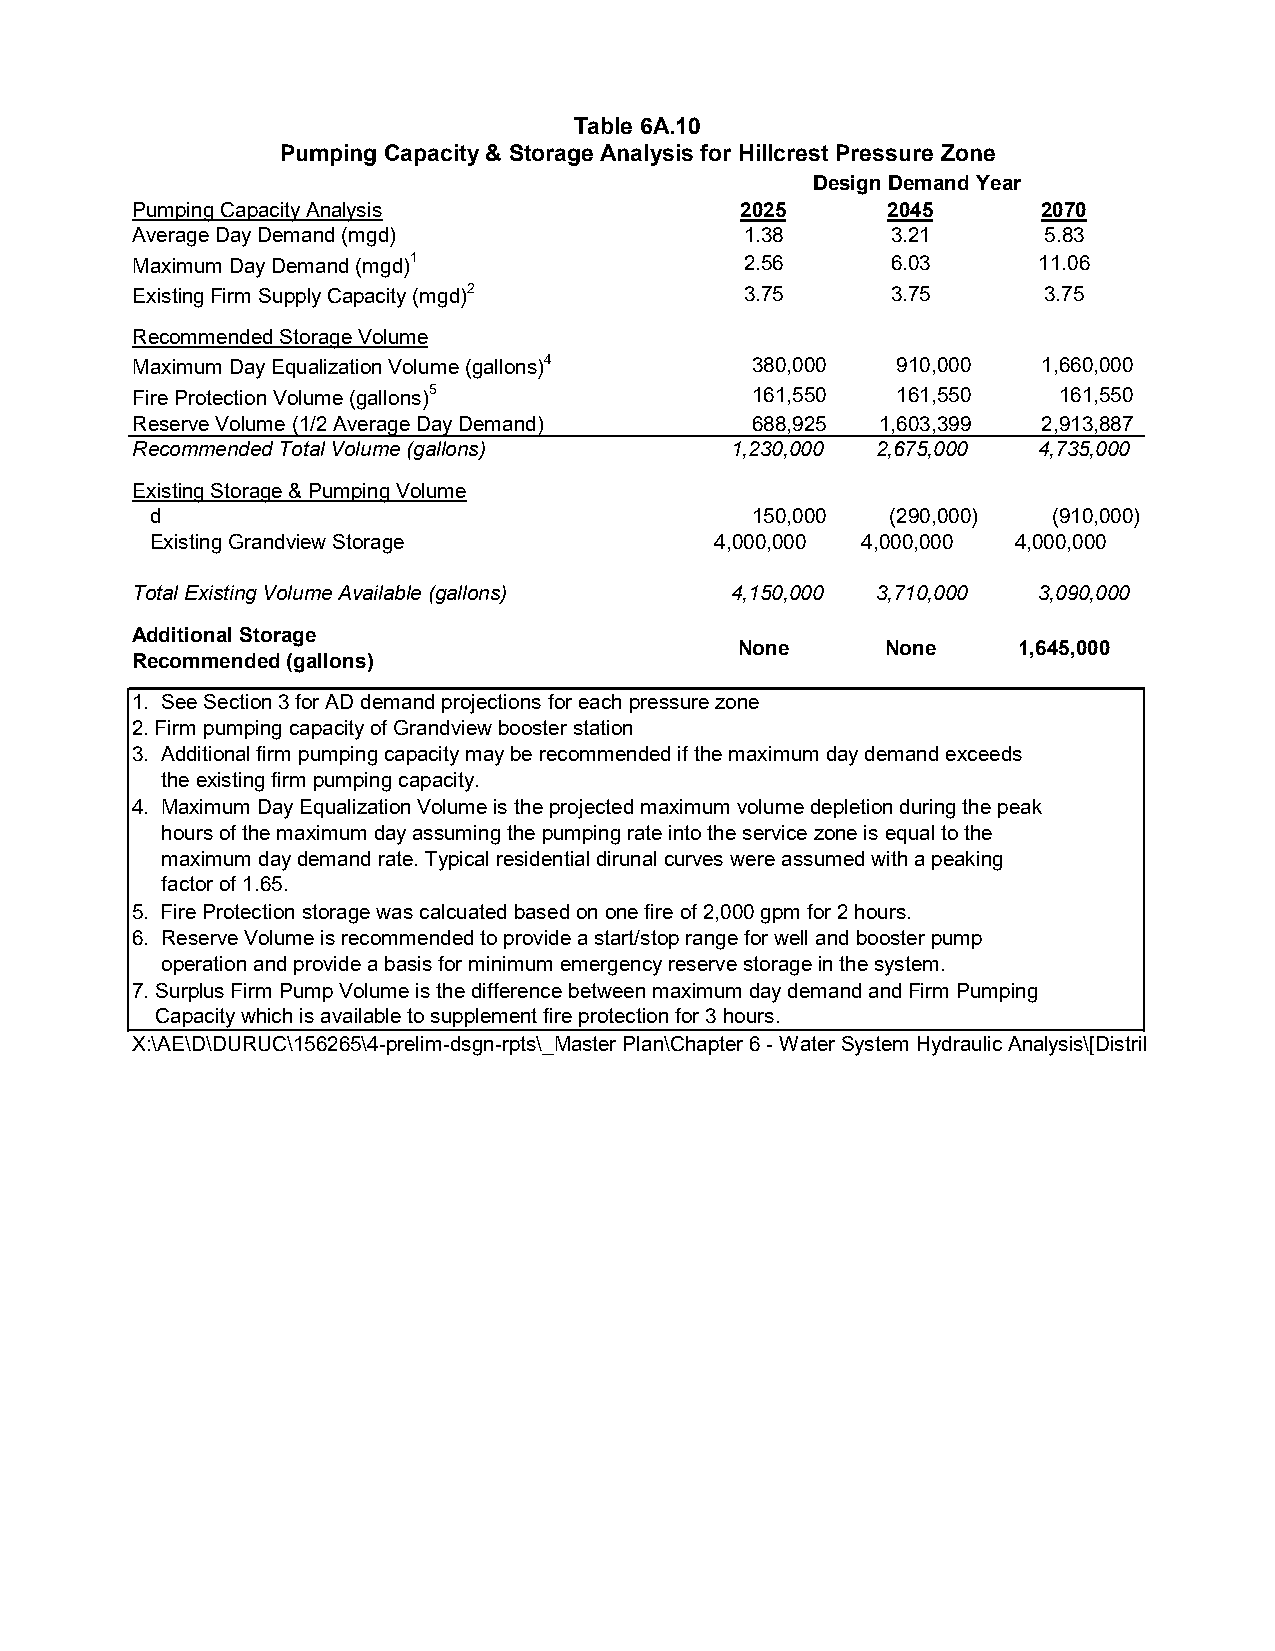
Table 6A.10
 Pumping Capacity & Storage Analysis for Hillcrest Pressure Zone
 Design Demand Year
 Pumping Capacity Analysis               2025      2045      2070
 Average Day Demand (mgd)                1.38      3.21      5.83
 Maximum Day Demand (mgd)1               2.56      6.03      11.06
 Existing Firm Supply Capacity (mgd)2    3.75      3.75      3.75
 Recommended Storage Volume
 Maximum Day Equalization Volume (gallons)4 380,000 910,000  1,660,000
 Fire Protection Volume (gallons)5        161,550  161,550    161,550
 Reserve Volume (1/2 Average Day Demand)  688,925 1,603,399  2,913,887
 Recommended Total Volume (gallons)     1,230,000 2,675,000  4,735,000
 Existing Storage & Pumping Volume
 d                                       150,000  (290,000)  (910,000)
 Existing Grandview Storage           4,000,000 4,000,000 4,000,000
 Total Existing Volume Available (gallons) 4,150,000 3,710,000 3,090,000
 Additional Storage
 None      None    1,645,000
 Recommended (gallons)
 1. See Section 3 for AD demand projections for each pressure zone
 2. Firm pumping capacity of Grandview booster station
 3. Additional firm pumping capacity may be recommended if the maximum day demand exceeds
 the existing firm pumping capacity.
 4. Maximum Day Equalization Volume is the projected maximum volume depletion during the peak
 hours of the maximum day assuming the pumping rate into the service zone is equal to the
 maximum day demand rate. Typical residential dirunal curves were assumed with a peaking
 factor of 1.65.
 5. Fire Protection storage was calcuated based on one fire of 2,000 gpm for 2 hours.
 6. Reserve Volume is recommended to provide a start/stop range for well and booster pump
 operation and provide a basis for minimum emergency reserve storage in the system.
 7. Surplus Firm Pump Volume is the difference between maximum day demand and Firm Pumping
 Capacity which is available to supplement fire protection for 3 hours.
 X:\AE\D\DURUC\156265\4-prelim-dsgn-rpts\_Master Plan\Chapter 6 - Water System Hydraulic Analysis\[Distrib